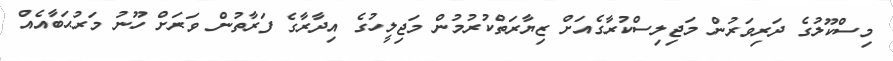
މިސްކޫލުގެ ދަރިވަރުން މަޖިލިސްކުރާގެއަށް ޒިޔާރަތްކުރުމުން މަޖިލީހުގެ އިދާރާގެ ފަރާތުން ވަރަށް ހޫނު މަރުޙަބާއެއް